Report on vaccination North-West Frontier Province 1904-1922 - 1904-1922
Year: 1904
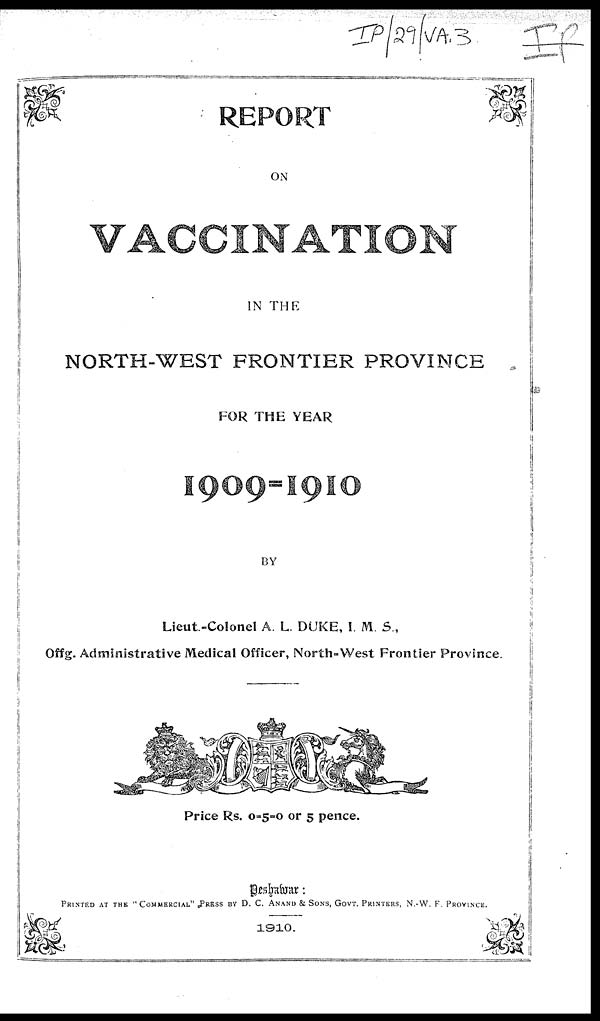
REPORT
ON
VACCINATION
IN THE
NORTH-WEST FRONTIER PROVINCE
FOR THE YEAR
BY
Lieut-Colonel A. L. DUKE, I. M. S.,
Offg. Administrative Medical Officer, North-West Frontier Province.
Price Rs. 0-5-0 or 5 pence.
Peshawar:
PRINTED AT THE "COMMERCIAL" PRESS BY D. C. ANAND & SONS, GOVT. PRINTERS, N.-W. F. PROVINCE.
1910.